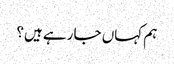
ہم کہاں جا رہے ہیں؟